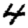
Digit: 4